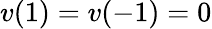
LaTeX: v(1)=v(-1)=0